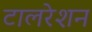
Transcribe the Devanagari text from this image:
टालरेशन